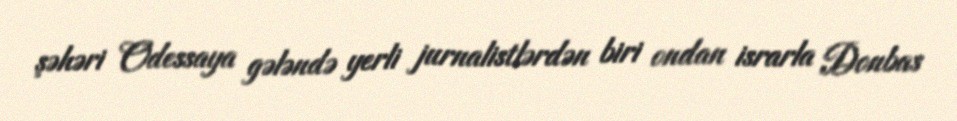
şəhəri Odessaya gələndə yerli jurnalistlərdən biri ondan israrla Donbas